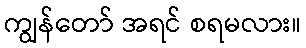
ကျွန်တော် အရင် စရမလား။